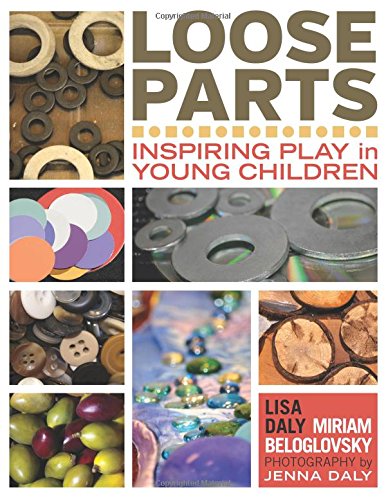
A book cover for Loose Parts: Inspiring Play in Young Children; Lisa Daly; Education & Teaching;